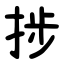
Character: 捗